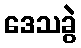
ဒေသခွဲ